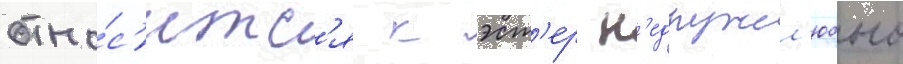
отно́с'итс'я к эст'ер н'едружел'юбно